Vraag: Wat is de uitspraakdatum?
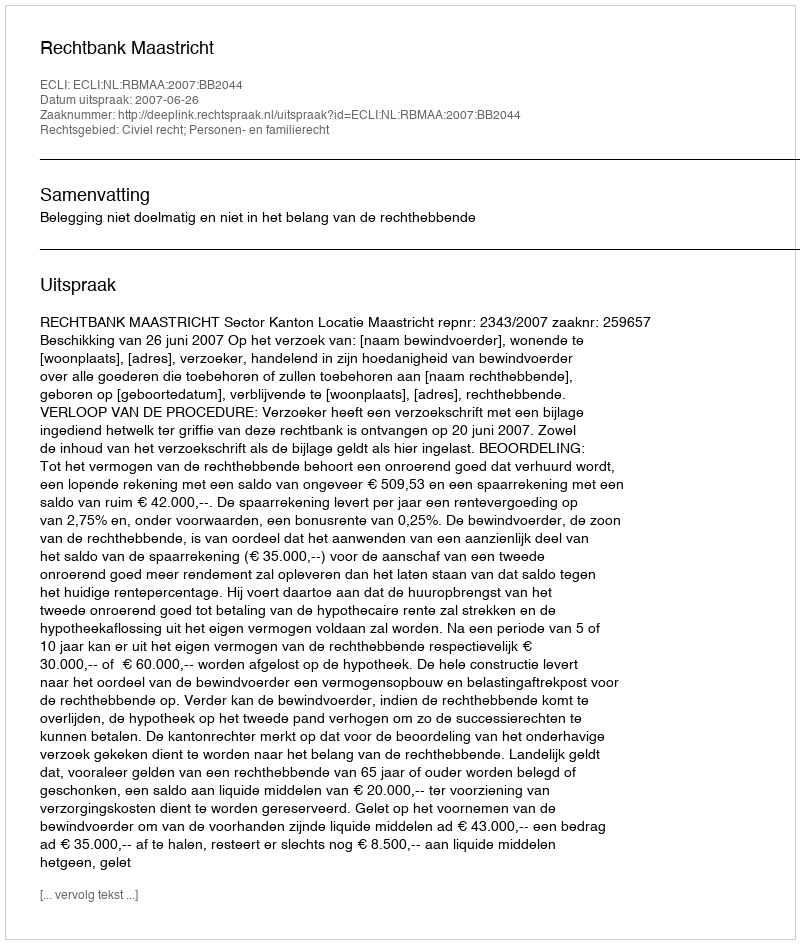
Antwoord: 2007-06-26